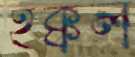
হক্কল